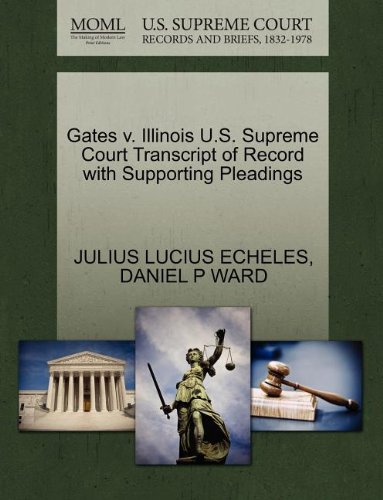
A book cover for Gates v. Illinois U.S. Supreme Court Transcript of Record with Supporting Pleadings; JULIUS LUCIUS ECHELES; Law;